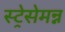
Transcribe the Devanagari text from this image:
स्ट्रेसेमन्न